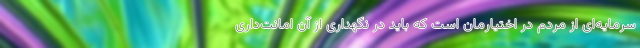
سرمایه‌ای از مردم در اختیارمان است که باید در نگهداری از آن امانت‌داری